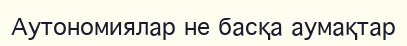
Аутономиялар не басқа аумақтар